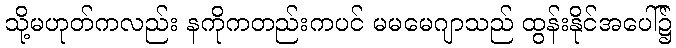
သို့မဟုတ်ကလည်း နကိုကတည်းကပင် မမမေဂျာသည် ထွန်းနိုင်အပေါ်၌